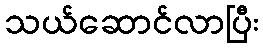
သယ်ဆောင်လာပြီး